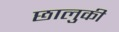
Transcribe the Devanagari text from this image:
छालुकी